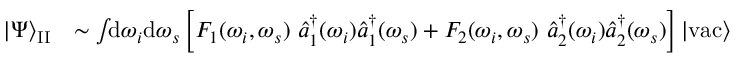
\begin{array} { r l } { | \Psi \rangle _ { \mathrm { I I } } } & { \sim \int \! \! \mathrm { d } \omega _ { i } \mathrm { d } \omega _ { s } \left[ F _ { 1 } ( \omega _ { i } , \omega _ { s } ) \, \, \hat { a } _ { 1 } ^ { \dagger } ( \omega _ { i } ) \hat { a } _ { 1 } ^ { \dagger } ( \omega _ { s } ) + F _ { 2 } ( \omega _ { i } , \omega _ { s } ) \, \, \hat { a } _ { 2 } ^ { \dagger } ( \omega _ { i } ) \hat { a } _ { 2 } ^ { \dagger } ( \omega _ { s } ) \right] | \mathrm { v a c } \rangle } \end{array}